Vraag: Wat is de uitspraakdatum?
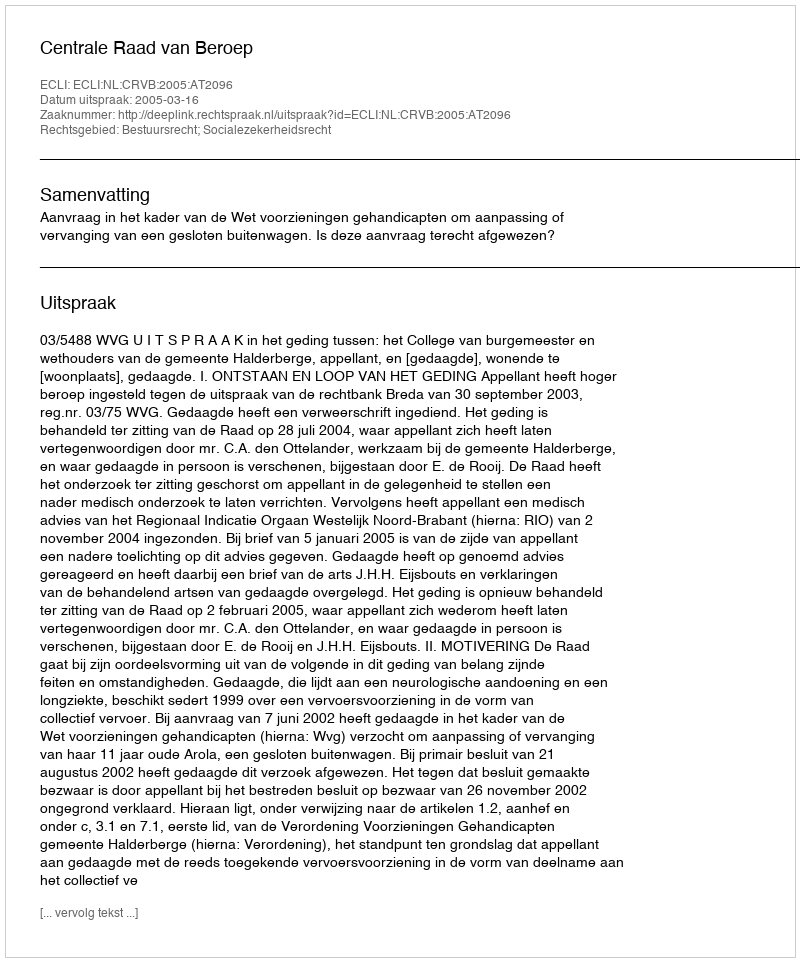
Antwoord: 2005-03-16